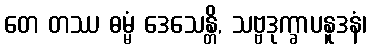
တေ တဿ ဓမ္မံ ဒေသေန္တိ, သဗ္ဗဒုက္ခာပနူဒနံ၊